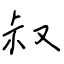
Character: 叔